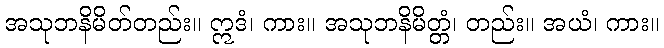
အသုဘနိမိတ်တည်း။ ဣဒံ၊ ကား။ အသုဘနိမိတ္တံ၊ တည်း။ အယံ၊ ကား။